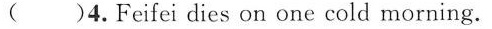
( )4.Feifei dies on one cold morning.